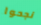
نجحوا